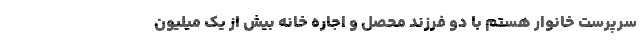
سرپرست خانوار هستم با دو فرزند محصل و اجاره خانه بیش از یک میلیون